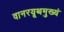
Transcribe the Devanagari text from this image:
वानरयूथमुख्यं